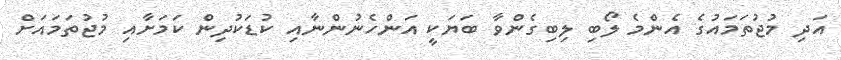
އަދި މުޖުތަމައުގެ އެންމެ ލޯބި ލިބިގެންވާ ބަޔަކީ އަންހެނުންނާއި ކުޑަކުދިން ކަމަށާއި މުޖުތަމައަށް